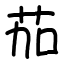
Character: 茄